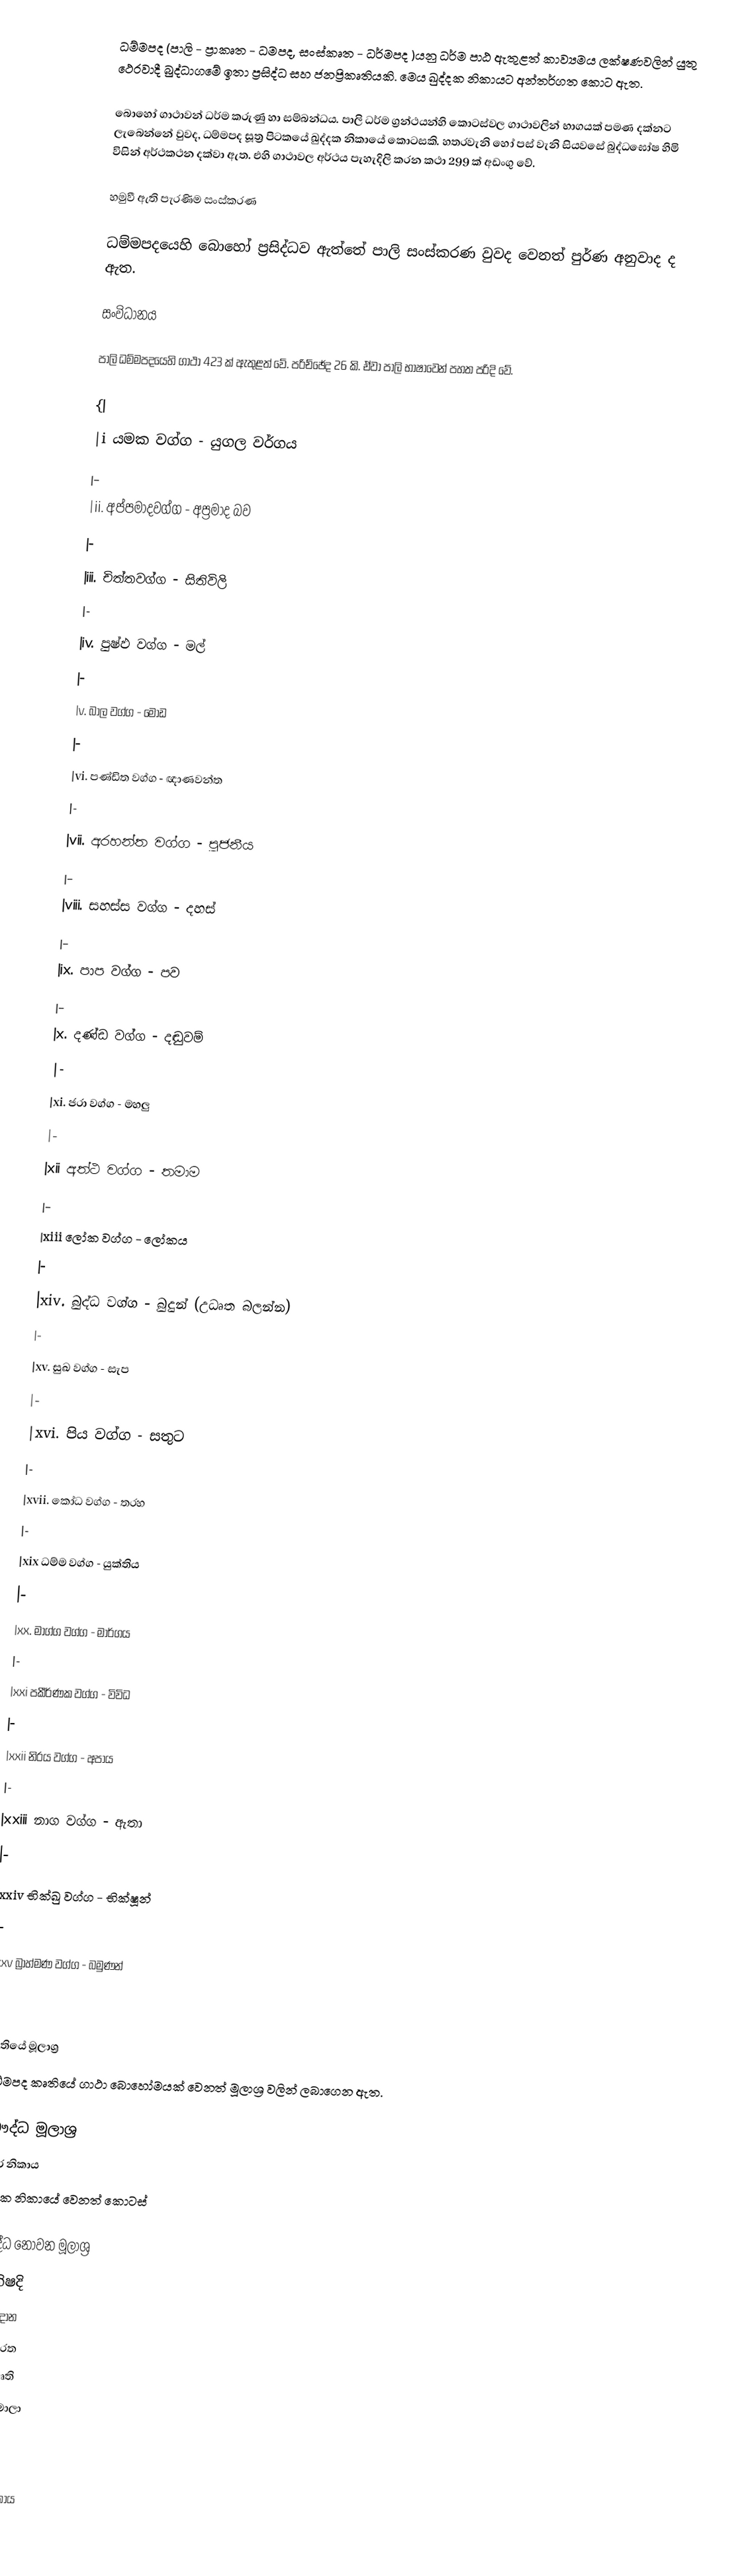
ධම්මපද (පාලි - ප්‍රාකෘත - ධමපද, සංස්කෘත - ධර්මපද )යනු ධර්ම පාඨ ඇතුළත් කාව්‍යමය ලක්ෂණවලින් යුතු ථෙරවාදී බුද්ධාගමේ ඉතා ප්‍රසිද්ධ සහ ජනප්‍රිකෘතියකි. මෙය ඛුද්දක නිකායට  අන්තර්ගත කොට ඇත.

බොහෝ ගාථාවන් ධර්ම කරුණු  හා සම්බන්ධය. පාලි ධර්ම ග්‍රන්ථයන්හි කොටස්වල ගාථාවලින් භාගයක් පමණ දක්නට ලැබෙන්නේ වුවද, ධම්මපද සූත්‍ර පිටකයේ ඛුද්දක නිකායේ කොටසකි. හතරවැනි හෝ පස් වැනි සියවසේ බුද්ධඝෝෂ හිමි විසින් අර්ථකථන දක්වා ඇත. එහි ගාථාවල අර්ථය පැහැදිලි කරන කථා 299 ක් අඩංගු වේ.

හමුවී ඇති පැරණිම සංස්කරණ

ධම්මපදයෙහි බොහෝ ප්‍රසිද්ධව ඇත්තේ පාලි සංස්කරණ වුවද වෙනත් පුර්ණ අනුවාද ද ඇත.

සංවිධානය

පාලි ධම්මපදයෙහි ගාථා 423 ක් ඇතුළත් වේ. පරිච්ඡේද 26 කි. ඒවා පාලි භාෂාවෙන් පහත පරිදි වේ.

{|
|i	යමක වග්ග - යුගල වර්ගය
|-
|ii.	අප්පමාදවග්ග - අප්‍රමාද බව
|-
|iii.	චිත්තවග්ග - සිතිවිලි
|-
|iv.	පුෂ්ඵ වග්ග - මල්
|-
|v.	බාල වග්ග - මෝඩ
|-
|vi.	පණ්ඩිත වග්ග - ඥාණවන්ත
|-
|vii.	අරහන්ත වග්ග - පූජනීය
|-
|viii.	සහස්ස වග්ග - දහස්
|-
|ix.	පාප වග්ග - පව
|-
|x.	දණ්ඩ වග්ග - දඬුවම්
|-
|xi.	ජරා වග්ග - මහලු
|-
|xii	අත්ථ වග්ග - තමාම
|-
|xiii	ලෝක වග්ග - ලෝකය
|-
|xiv.	බුද්ධ වග්ග - බුදුන් (උධෘත බලන්න)
|-
|xv.	සුඛ වග්ග - සැප
|-
|xvi.	පිය වග්ග - සතුට
|-
|xvii.	කෝධ වග්ග - තරහ
|-
|xix	ධම්ම වග්ග - යුක්තිය
|-
|xx.	මාග්ග වග්ග - මාර්ගය
|-
|xxi	පකීර්ණක වග්ග - විවිධ
|-
|xxii	නිරය වග්ග - අපාය
|-
|xxiii	නාග වග්ග - ඇතා
|-
|xxiv	භික්ඛු වග්ග - භික්ෂූන්
|-
|xxv	බ්‍රාහ්මණ වග්ග - බමුණන්
}|

කෘතියේ මූලාශ්‍ර
ධම්මපද කෘතියේ ගාථා බොහෝමයක් වෙනත් මූලාශ්‍ර වලින් ලබාගෙන ඇත.

බෞද්ධ මූලාශ්‍ර
 සතර නිකාය
 ඛුද්දක නිකායේ වෙනත් කොටස්

බෞද්ධ නොවන මූලාශ්‍ර
 උපනිෂදි
 දිව්‍යාවදාන
 මහාභාරත
 මනුස්මෘති
 ජාතක මාලා

මූලාශ්‍ර

ඛුද්දක නිකාය